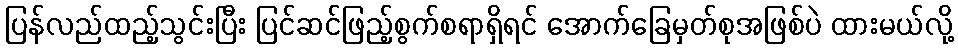
ပြန်လည်ထည့်သွင်းပြီး ပြင်ဆင်ဖြည့်စွက်စရာရှိရင် အောက်ခြေမှတ်စုအဖြစ်ပဲ ထားမယ်လို့